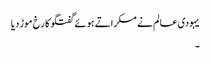
یہودی عالم نے مسکراتے ہوئے گفتگو کا رخ موڑ دیا
۔